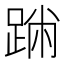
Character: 𨂅